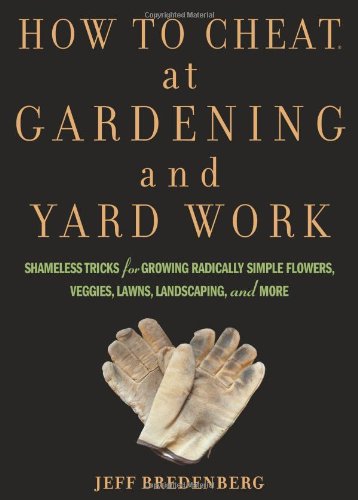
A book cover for How to Cheat at Gardening and Yard Work: Shameless Tricks for Growing Radically Simple Flowers, Veggies, Lawns, Landscaping, and More; Jeff Bredenberg; Crafts, Hobbies & Home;